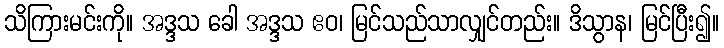
သိကြားမင်းကို။ အဒ္ဒသ ခေါ အဒ္ဒသ ဧဝ၊ မြင်သည်သာလျှင်တည်း။ ဒိသွာန၊ မြင်ပြီး၍။